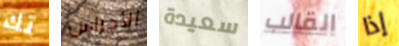
تك الأجراس سعيدة القالب إذا